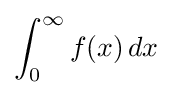
\int _{0}^{\infty }f(x)\,dx